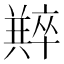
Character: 𠧆